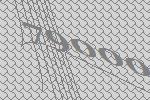
79000